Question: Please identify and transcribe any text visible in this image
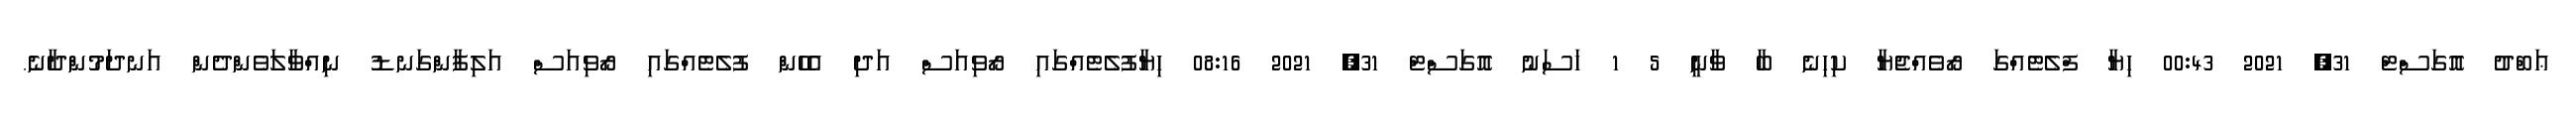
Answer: ޢަބްދު އޮގަސްޓް 31, 2021 00:43 ހިޔާ ފްލެޓެއްގަ ރޯވެއްޖެޔާ ކިހިނެ ބާ ވާނީ 5 1 ހަސަނު އޮގަސްޓް 31, 2021 08:16 ހިޔާފުލެޓެއްގައި ރޯވިއަސް އަދި އެހެން ފުލެޓެއްގައި ރޯވިއަސް އަލިފާންގަނޑު ނިއްވާލަވެންދެން އަނދަމުންދާނެ.